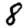
Digit: 8